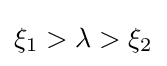
\xi _{1}>\lambda >\xi _{2}